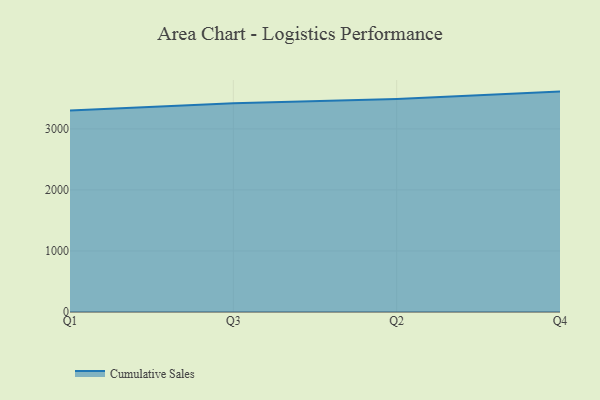
{"axis": {"x": "Quarter", "y": "Latency (ms)"}, "legend": ["Cumulative Sales"], "data": [{"x": "Q1", "y": 3301.1, "type": "Cumulative Sales"}, {"x": "Q3", "y": 3421.7, "type": "Cumulative Sales"}, {"x": "Q2", "y": 3489.4, "type": "Cumulative Sales"}, {"x": "Q4", "y": 3611.0, "type": "Cumulative Sales"}]}